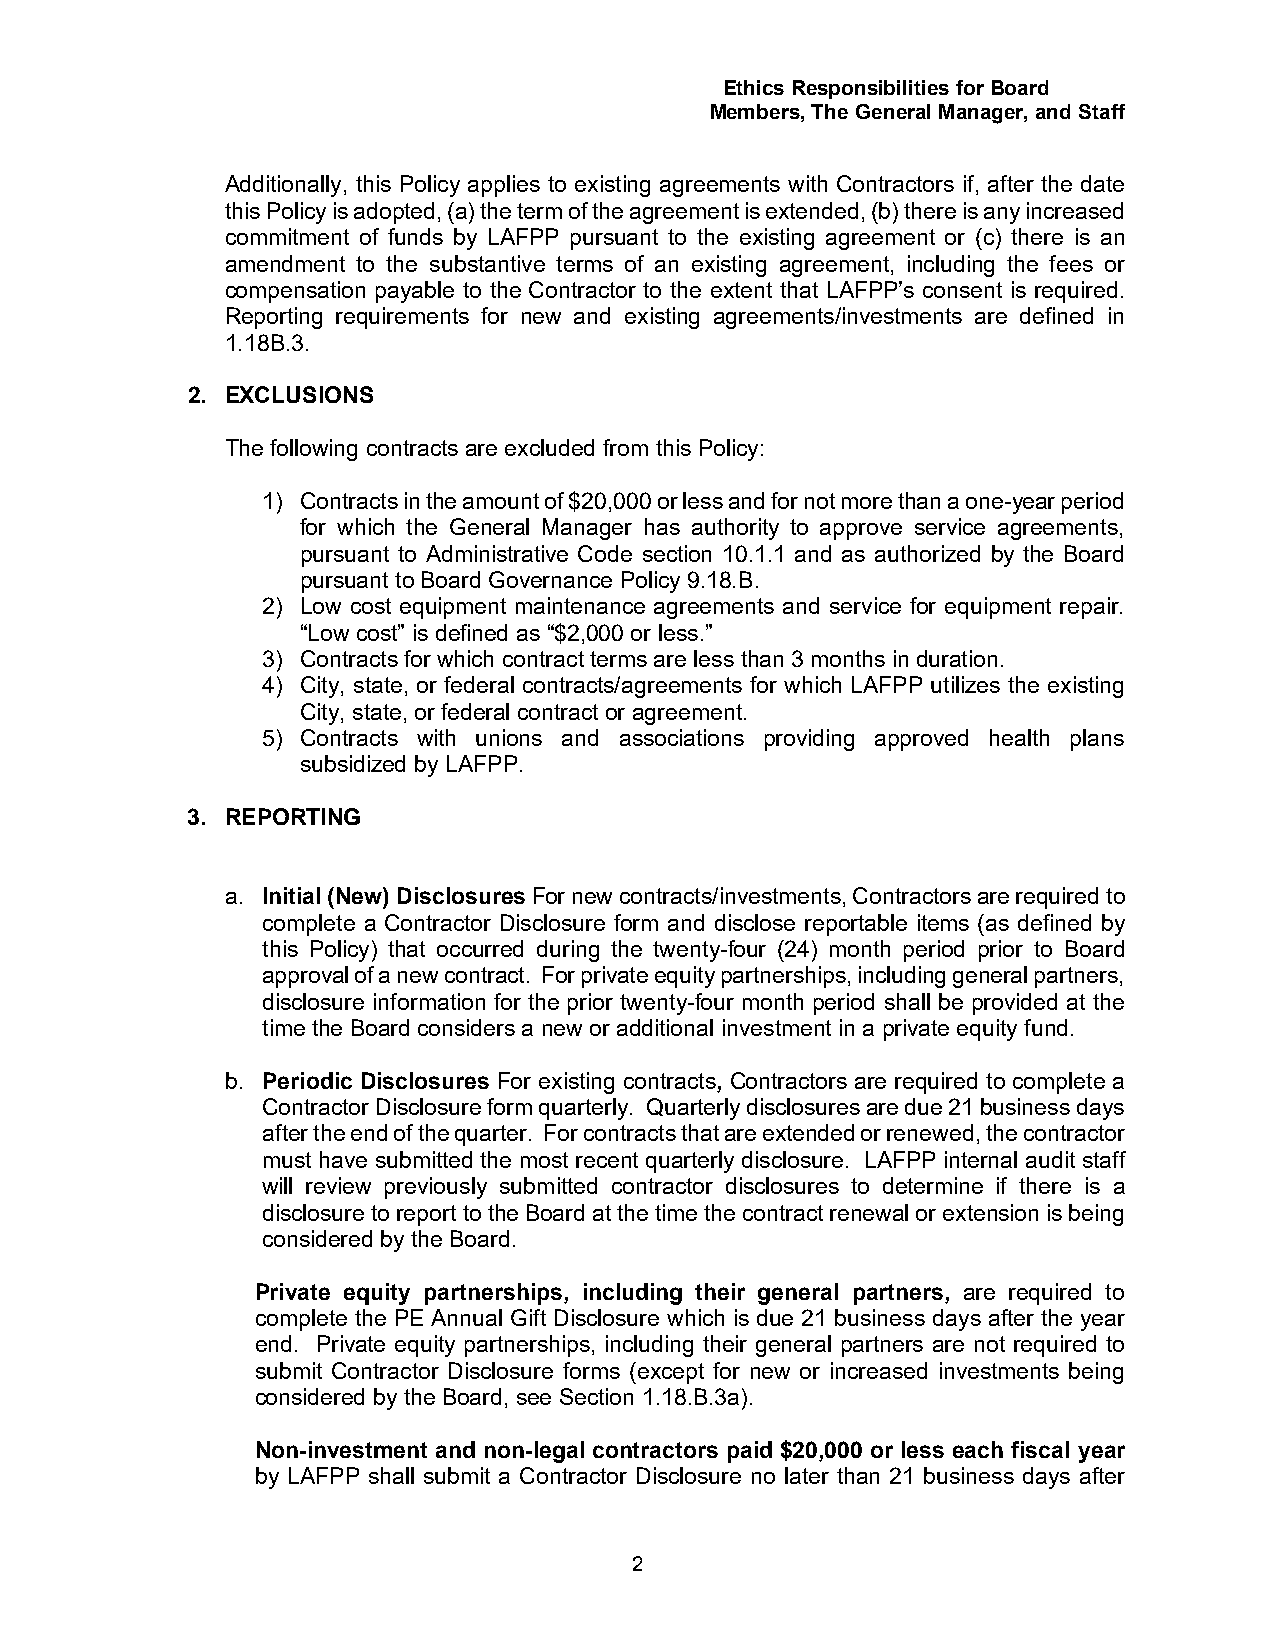
Ethics Responsibilities for Board
 Members, The General Manager, and Staff
 Additionally, this Policy applies to existing agreements with Contractors if, after the date
 this Policy is adopted, (a) the term of the agreement is extended, (b) there is any increased
 commitment of funds by LAFPP pursuant to the existing agreement or (c) there is an
 amendment to the substantive terms of an existing agreement, including the fees or
 compensation payable to the Contractor to the extent that LAFPP’s consent is required.
 Reporting requirements for new and existing agreements/investments are defined in
 1.18B.3.
 2. EXCLUSIONS
 The following contracts are excluded from this Policy:
 1) Contracts in the amount of $20,000 or less and for not more than a one-year period
 for which the General Manager has authority to approve service agreements,
 pursuant to Administrative Code section 10.1.1 and as authorized by the Board
 pursuant to Board Governance Policy 9.18.B.
 2) Low cost equipment maintenance agreements and service for equipment repair.
 “Low cost” is defined as “$2,000 or less.”
 3) Contracts for which contract terms are less than 3 months in duration.
 4) City, state, or federal contracts/agreements for which LAFPP utilizes the existing
 City, state, or federal contract or agreement.
 5) Contracts with unions and associations providing approved health plans
 subsidized by LAFPP.
 3. REPORTING
 a. Initial (New) Disclosures For new contracts/investments, Contractors are required to
 complete a Contractor Disclosure form and disclose reportable items (as defined by
 this Policy) that occurred during the twenty-four (24) month period prior to Board
 approval of a new contract. For private equity partnerships, including general partners,
 disclosure information for the prior twenty-four month period shall be provided at the
 time the Board considers a new or additional investment in a private equity fund.
 b. Periodic Disclosures For existing contracts, Contractors are required to complete a
 Contractor Disclosure form quarterly. Quarterly disclosures are due 21 business days
 after the end of the quarter. For contracts that are extended or renewed, the contractor
 must have submitted the most recent quarterly disclosure. LAFPP internal audit staff
 will review previously submitted contractor disclosures to determine if there is a
 disclosure to report to the Board at the time the contract renewal or extension is being
 considered by the Board.
 Private equity partnerships, including their general partners, are required to
 complete the PE Annual Gift Disclosure which is due 21 business days after the year
 end. Private equity partnerships, including their general partners are not required to
 submit Contractor Disclosure forms (except for new or increased investments being
 considered by the Board, see Section 1.18.B.3a).
 Non-investment and non-legal contractors paid $20,000 or less each fiscal year
 by LAFPP shall submit a Contractor Disclosure no later than 21 business days after
 2